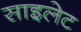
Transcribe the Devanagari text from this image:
साइलेट